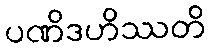
ပဏိဒဟိဿတိ